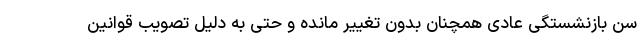
سن بازنشستگی عادی همچنان بدون تغییر مانده و حتی به دلیل تصویب قوانین